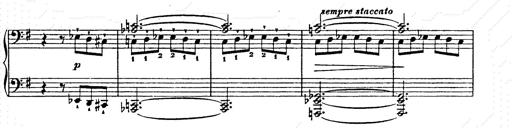
Title: Ab irato
Composer: Franz Liszt